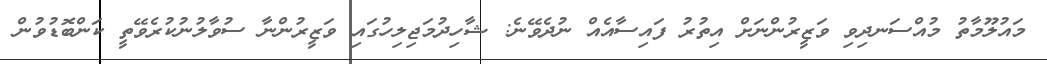
މައުލޫމާތު މުއްސަނދިވި ވަޒީރުންނަށް އިތުރު ފައިސާއެއް ނުދެވޭނެ: ޝާހިދުމަޖިލިހުގައި ވަޒީރުންނާ ސުވާލުނުކުރެވޭތީ ކަންބޮޑުވުން